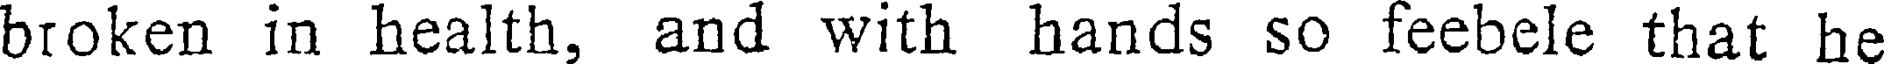
broken in health, and with hands so feebele that he